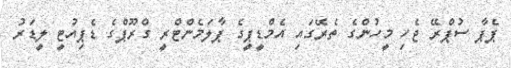
ޕެޕާ ސުޕްރޭ ޖެހި މީހުންގެ ތެރޭގައި އެމްޑީޕީގެ ޕާލަމެންޓްރީ ގްރޫޕްގެ ޑެޕިއުޓީ ލީޑަރު